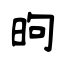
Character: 昫